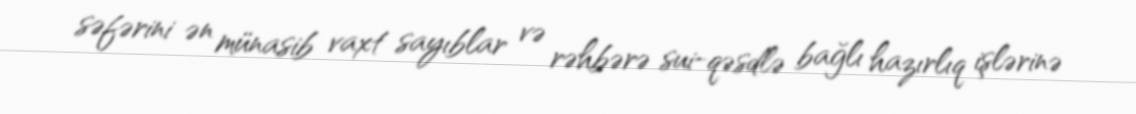
səfərini ən münasib vaxt sayıblar və rəhbərə sui-qəsdlə bağlı hazırlıq işlərinə